Report of the Indian Hemp Drugs Commission, 1894-1895 - Volume VII
Year: 1894
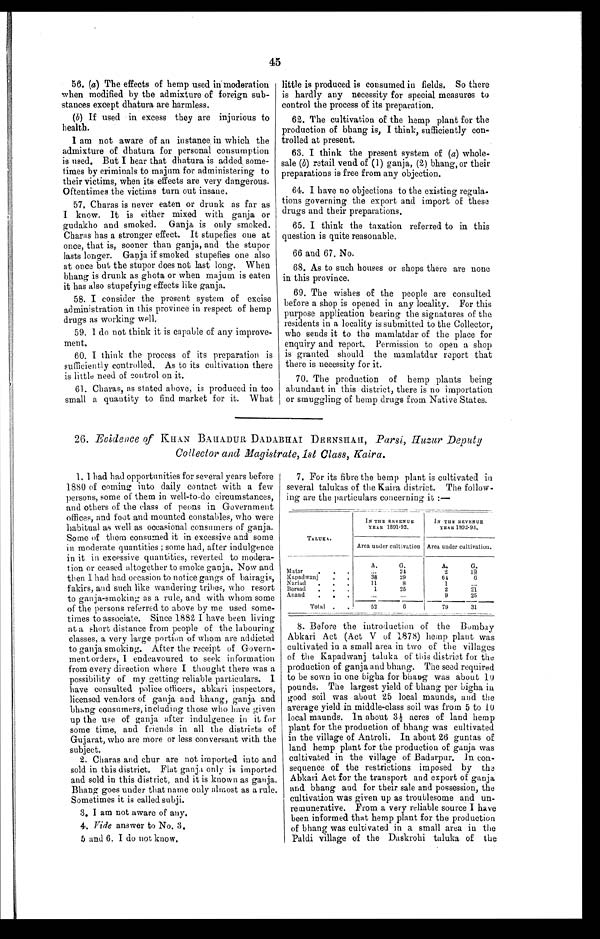
45
56. (a) The effects of hemp used in moderation
when modified by the admixture of foreign sub
- s t a n c e s e x c e p t d h a t u r a a r e h a r m l e s s .
(b) If used in excess they are injurious to
health.
I am not aware of an instance in which the
admixture of dhatura for personal consumption
is used. But I hear that dhatura is added some
- t i m e s b y c r i m i n a l s t o m a j u m f o r a d m i n i s t e r i n g t o
their victims, when its effects are very dangerous.
Oftentimes the victims turn out insane.
57. Charas is never eaten or drunk as far as
I know. It is either mixed with ganja or
gudakho and smoked. Ganja is only smoked.
Charas has a stronger effect. It stupefies one at
once, that is, sooner than ganja, and the stupor
lasts longer. Ganja if smoked stupefies one also
at once but the stupor does not last long. When
bhang is drunk as ghota or when majum is eaten
it has also stupefying effects like ganja.
58. I consider the present system of excise
administration in this province in respect of hemp
drugs as working well,
59. I do not think it is capable of any improve-
ment.
60. I think the process of its preparation is
sufficiently controlled. As to its cultivation there
is little need of control on it.
61. Charas, as stated above, is produced in too
small a quantity to find market for it. What
little is produced is consumed in fields. So there
is hardly any necessity for special measures to
control the process of its preparation.
62. The cultivation of the hemp plant for the
production of bhang is, I think, sufficiently con
- t r o l l e d a t p r e s e n t .
63. I think the present system of (a) whole-
sale (b) retail vend of (1) ganja, (2) bhang, or their
preparations is free from any objection.
64. I have no objections to the existing regula-
tions governing the export and import of these
drugs and their preparations.
65. I think the taxation referred to in this
question is quite reasonable.
66 and 67. No.
68. As to such houses or shops there are none
in this province.
69. The wishes of the people are consulted
before a shop is opened in any locality. For this
purpose application bearing the signatures of the
residents in a locality is submitted to the Collector,
who sends it to the mamlatdar of the place for
enquiry and report. Permission to open a shop
is granted should the mamlatdar report that
there is necessity for it.
70. The production of hemp plants being
abundant in this district, there is no importation
or smuggling of hemp drugs from Native States.
26. Evidence of KHAN BAHADUR DADABHAI DEENSHAH, Parsi, Huzur Deputy
Collector and Magistrate,1st Class, Kaira.
1. I bad had opportunities for several years before
1880 of coming into daily contact with a few
persons, some of them in well-to-do circumstances,
and others of the class of peons in Government
offices, and foot and mounted constables, who were
habitual as well as occasional consumers of ganja.
Some of them consumed it in excessive and some
in moderate quantities ; some had, after indulgence
in it in excessive quantities, reverted to modera
- t i o n o r c e a s e d a l t o g e t h e r t o s m o k e g a n j a . N o w a n d
then I had had occasion to notice gangs of bairagis,
fakirs, and such like wandering tribes, who resort
to ganja-smoking as a rule, and with whom some
of the persons referred to above by me used some
- t i m e s t o a s s o c i a t e . S i n c e 1 8 8 2 I h a v e b e e n l i v i n g
at a short distance from people of the labouring
classes, a very large portion of whom are addicted
to ganja smoking. After the receipt of Govern
-ment orders, I endeavoured to seek information
from every direction where I thought there was a
possibility of my getting reliable particulars. I
have consulted police officers, abkari inspectors,
licensed vendors of ganja and bhang, ganja and
bhang consumers, including those who have given
up the use of ganja after indulgence in it for
some time, and friends in all the districts of
Gujarat, who are more or less conversant with the
subject.
2. Charas and chur are not imported into and
sold in this district. Flat ganja only is imported
and sold in this district, and it is known as ganja.
Bhang goes under that name only almost as a rule.
Sometimes it is called subji.
3. I am not aware of any.
4. Vide answer t o N o . 3 .
5 and 6. I do not know.
7. For its fibre the hemp plant is cultivated in
several talukas of the Kaira district. The follow-
ing are the particulars concerning it :-
IN THE REVENUE
IN The REVENUE
YEAR 1891-92.
YEAR 1892-93,
T A L U K A .
Area under cultivation Area under cultivation.
A.
G.
A. G.
Matar2.1 2 19
Kapadwanj
.38
29
61
Nariad
.
.
,
11
8
1
Borsad
,
1
25
2 21
Anaud
9
25
Total
. .
52
G
I
79
31
8. Before the introduction of the Bombay
Abkari Act (Act V of 1878) hemp plant was
cultivated in a small area in two of the villages
of the Kapadwanj taluka of this district for the
production of ganja and bhang. The seed required
to be sown in one bigha for bhang was about 10
pounds. The largest yield of bhang per bigha in
good soil was about 25 local maunds, and the
average yield in middle-class soil was from 5 to 10
local maunds. In about 3½ acres of land hemp
plant for the production of bhang was cultivated
in the village of Antroli. In about 26 guntas of
land hemp plant for the production of ganja was
cultivated in the village of Badarpur. In con-
sequence of the restrictions imposed by the
Abkari Act for the transport and export of ganja
and bhang and for their sale and possession, the
cultivation was given up as troublesome and un-
remunerative. From a very reliable source I have
been informed that hemp plant for the production
of bhang was cultivated in a small area in the
Paldi village of the Daskrohi taluka of the